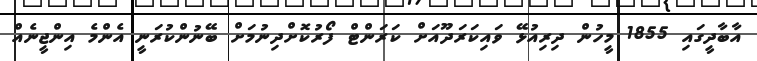
އާބާދީގައި 1855 މީހުން ދިރިއުޅޭ ވައިކަރަދޫއަށް ކަރަންޓް ފޯރުކޮށްދިނުމަށް ބޭނުންކުރަނީ އެންމެ އިންޖީނެއް